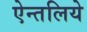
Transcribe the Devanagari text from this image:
ऐन्तलिये